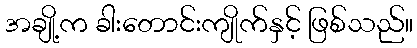
အချို့က ခါးတောင်းကျိုက်နှင့် ဖြစ်သည်။